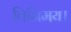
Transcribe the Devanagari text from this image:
विनिमय।